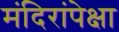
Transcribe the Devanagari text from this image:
मंदिरांपेक्षा